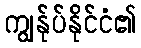
ကျွန်ုပ်နိုင်ငံ၏